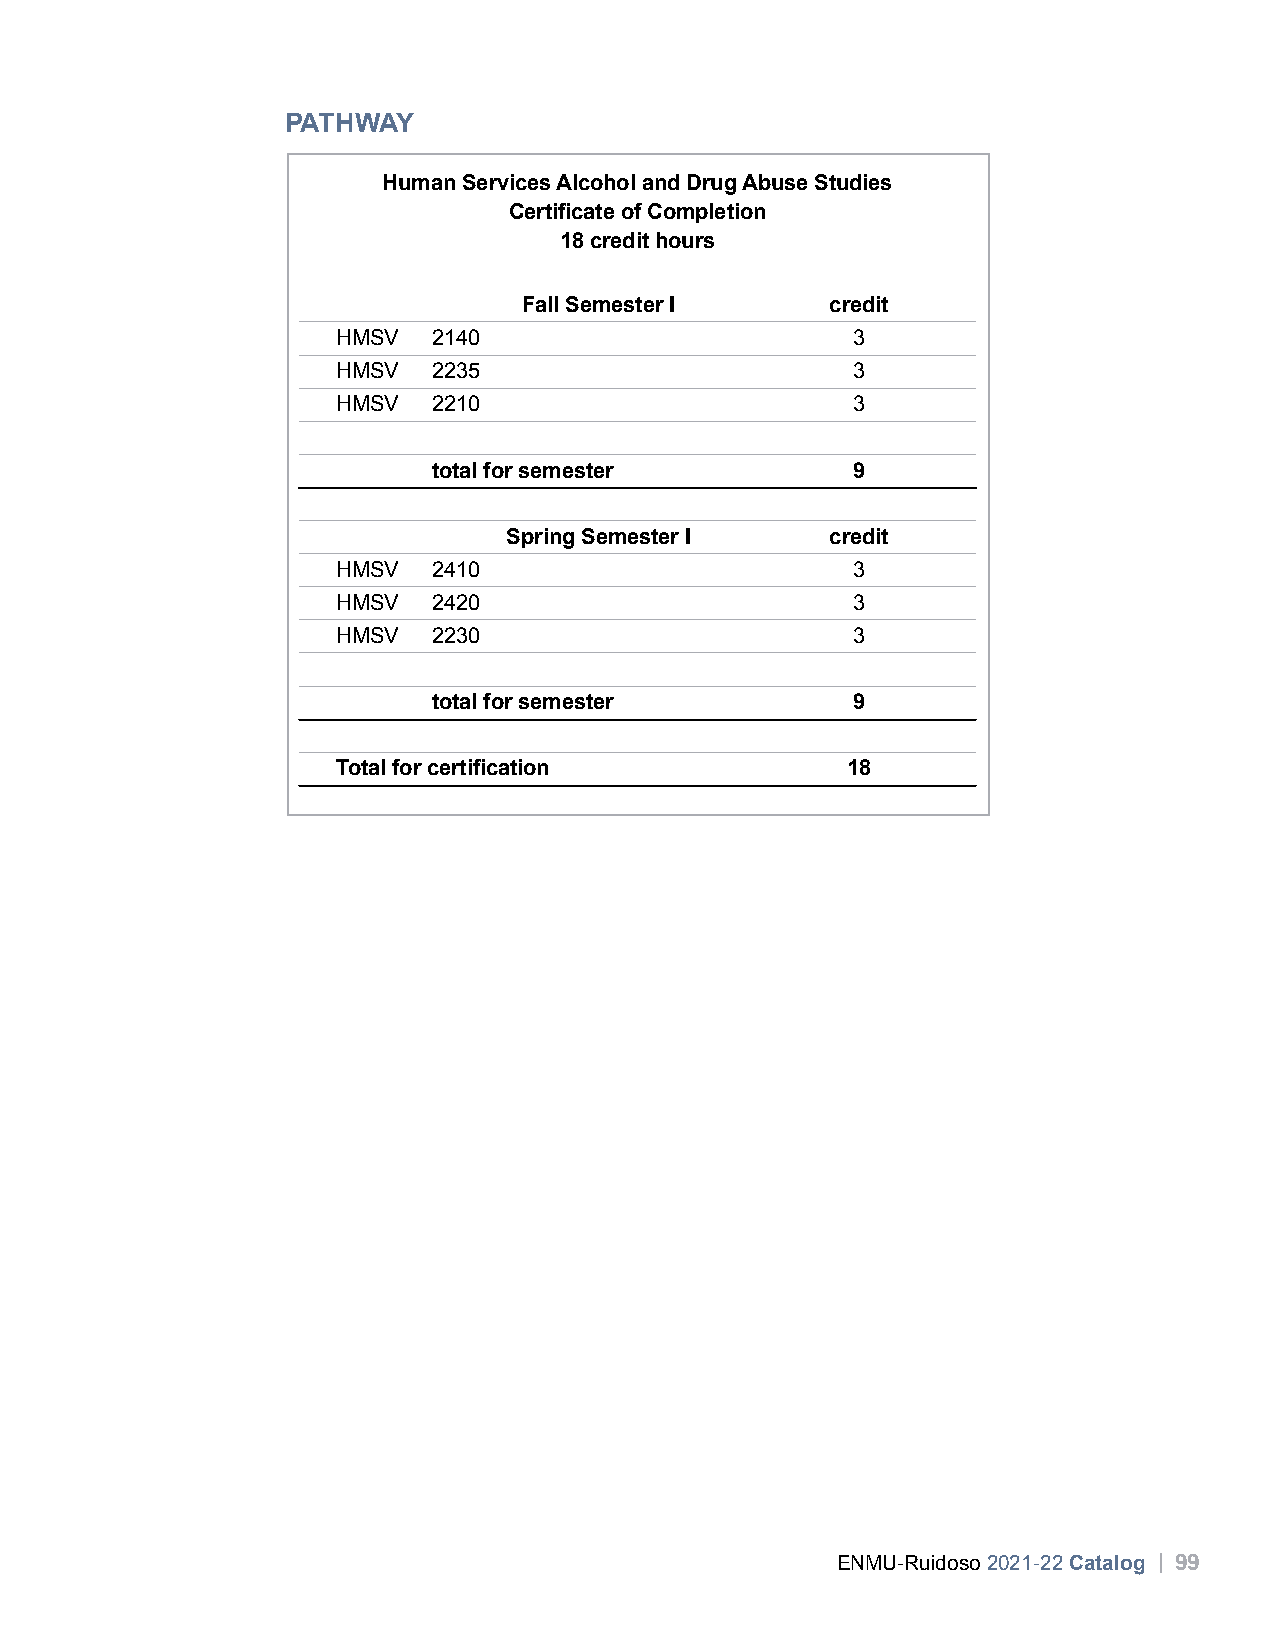
PATHWAY
 Human Services Alcohol and Drug Abuse Studies
 Certificate of Completion
 18 credit hours
 Fall Semester I     credit
 HMSV   2140                       3
 HMSV   2235                       3
 HMSV   2210                       3
 total for semester         9
 Spring Semester I    credit
 HMSV   2410                       3
 HMSV   2420                       3
 HMSV   2230                       3
 total for semester         9
 Total for certification           18
 ENMU-Ruidoso 2021-22 Catalog | 99